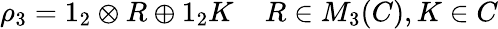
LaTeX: \rho_{3}=1_{2}\otimes R\oplus 1_{2}K\; \; \; \; R\in M_{3}(C),K\in C